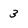
Character: 3